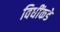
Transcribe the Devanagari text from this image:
विधींकडे